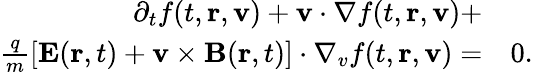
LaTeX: \begin{array}{rl}{\partial_{t}f(t,\mathbf{r},\mathbf{v})+\mathbf{v}\cdot\nabla f(t,\mathbf{r},\mathbf{v})+}&{}\\ {\frac{q}{m}\left[\mathbf{E}(\mathbf{r},t)+\mathbf{v}\times\mathbf{B}(\mathbf{r},t)\right]\cdot\nabla_{v}f(t,\mathbf{r},\mathbf{v})=}&{0.}\end{array}